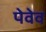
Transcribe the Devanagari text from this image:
पेवेव